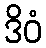
ဒိဝံ